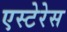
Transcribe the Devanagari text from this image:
एस्टेरेस